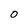
Character: 0